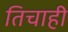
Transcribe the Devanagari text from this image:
तिचाही